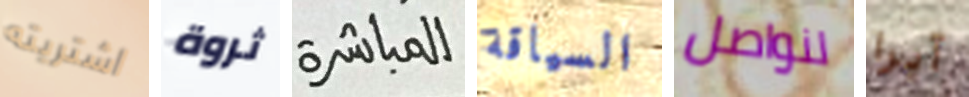
اشتريته ثروة المباشرة السياقة لنواصل آيرا